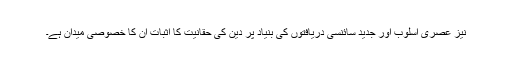
نیز عصری اسلوب اور جدید سائنسی دریافتوں کی بنیاد پر دین کی حقانیت کا اثبات ان کا خصوصی میدان ہے۔